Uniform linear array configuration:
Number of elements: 64
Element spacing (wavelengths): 0.5
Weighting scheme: hann
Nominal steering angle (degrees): -60
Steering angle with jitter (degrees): -58.575
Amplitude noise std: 0.05
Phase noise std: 0.05

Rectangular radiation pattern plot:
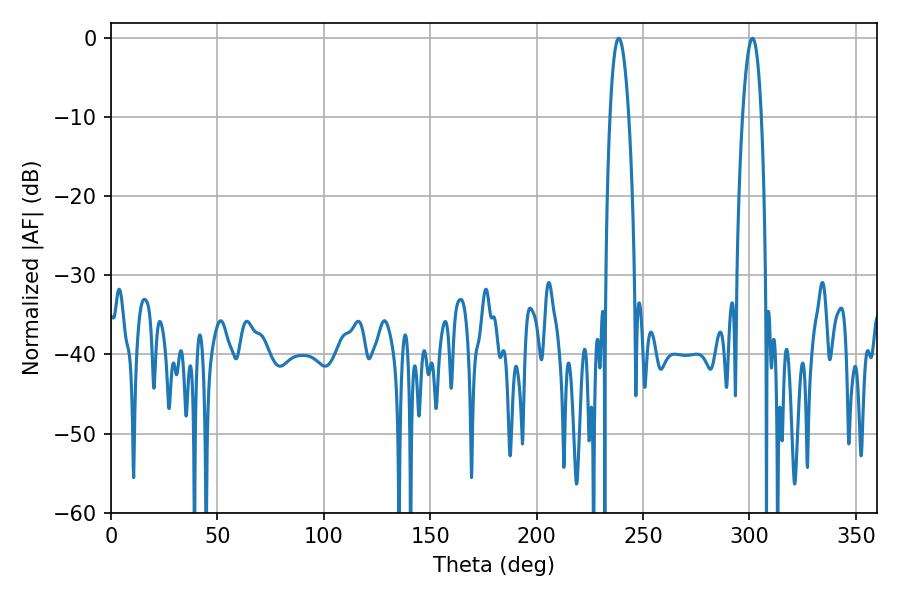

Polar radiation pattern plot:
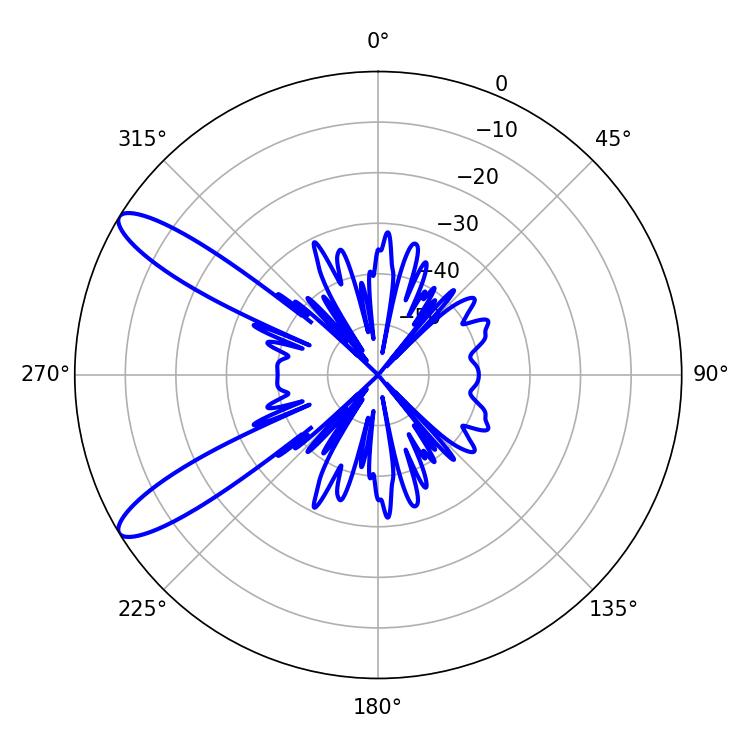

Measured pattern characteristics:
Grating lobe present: FALSE
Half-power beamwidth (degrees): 4.86
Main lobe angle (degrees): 238.5